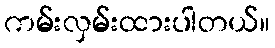
ကမ်းလှမ်းထားပါတယ်။